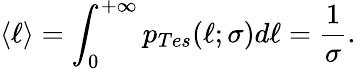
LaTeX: \langle\ell\rangle=\int_{0}^{+\infty}p_{Tes}(\ell;\sigma)d\ell=\frac{1}{\sigma}.